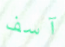
آسف